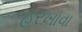
હરખાવા